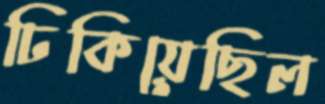
ঢিকিয়েছিল